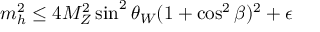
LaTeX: m _ { h } ^ { 2 } \leq 4 M _ { Z } ^ { 2 } \sin ^ { 2 } \theta _ { W } ( 1 + \cos ^ { 2 } \beta ) ^ { 2 } + \epsilon